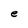
Character: e